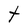
Character: t